Civil Veterinary Dept. Bombay admin report 1914-1922 - 1914-1922
Year: 1914
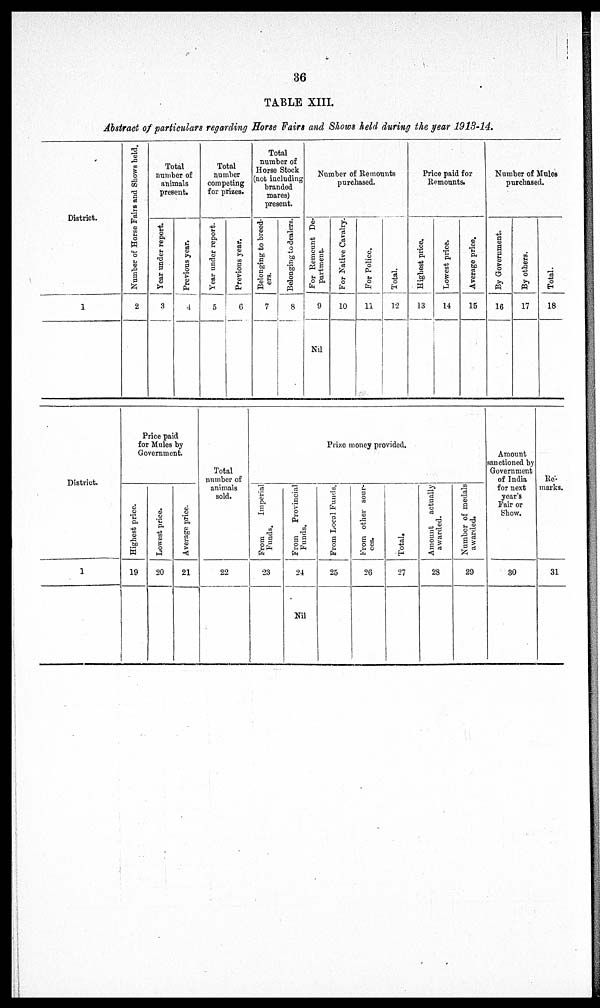
36
TABLE XIII.
Abstract of particulars regarding Horse Fairs and Shows held during the year 1913-14.
District.
1
Number of Horse Fairs and Shows held.
2
Total
number of
animals
present.
Year under report.
3
Previous year.
4
Total
number
competing
for prizes.
Year under report.
5
Previous year.
6
Total
number of
Horse Stock
(not including
branded
mares)
present.
Belonging to breed-
ers.
7
Belonging to dealers.
8
Number of Remounts
purchased.
For Remount De-
partment.
9
Nil
For Native Cavalry.
10
For Police.
11
Total.
12
Price paid for
Remounts.
Highest price.
13
Lowest price.
14
Average price.
15
Number of Mules
purchased.
By Government.
16
By others.
17
Total.
18
District.
1
Price paid
for Mules by
Government.
Hi ghes t price.
19
Lowe s t price.
20
Ave r
a ge price.
21
Total
number of
animals
sold.
22
Prize money provided.
From
Imperial
Funds.
23
From
Provincial
Funds.
24
Nil
From Local Funds.
25
From other sour-
ces.
26
Total.
27
Amount
actually
awarded.
28
Number of medals
awarded.
29
Amount
sanctioned by
Government
of India
for next
year's
Fair or
Show.
30
Re-
marks.
31